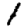
Digit: 1